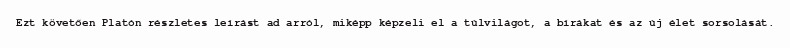
Ezt követően Platón részletes leírást ad arról, miképp képzeli el a túlvilágot, a bírákat és az új élet sorsolását.